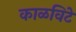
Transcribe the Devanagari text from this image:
काळविटे